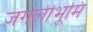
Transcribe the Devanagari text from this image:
जंगलीभूमि